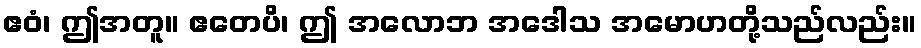
ဧဝံ၊ ဤအတူ။ ဧတေပိ၊ ဤ အလောဘ အဒေါသ အမောဟတို့သည်လည်း။